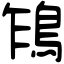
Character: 𩿞